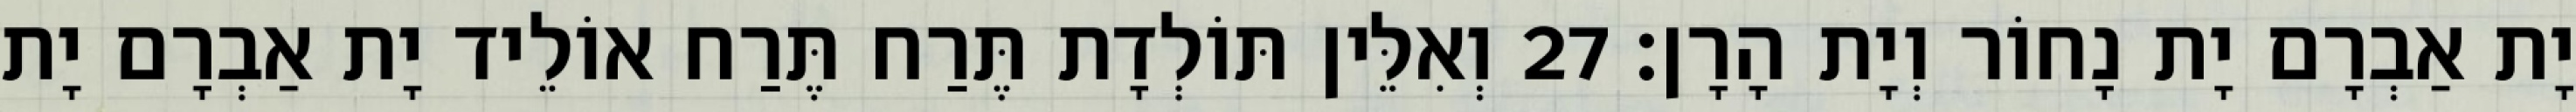
יָת אַבְרָם יָת נָחוֹר וְיָת הָרָן׃ 27 וְאִלֵּין תּוֹלְדָת תֶּרַח תֶּרַח אוֹלֵיד יָת אַבְרָם יָת